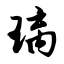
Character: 璃